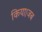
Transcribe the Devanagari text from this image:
किया।जब